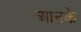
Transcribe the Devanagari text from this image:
आनके